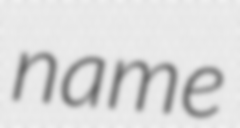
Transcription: name